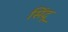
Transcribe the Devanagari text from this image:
सिंदू